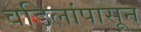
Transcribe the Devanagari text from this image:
वडिलांपासून